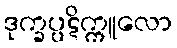
ဒုက္ခပ္ပဋိက္ကူလော